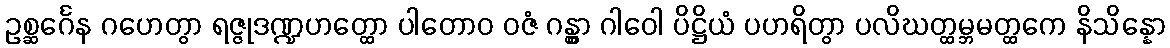
ဥစ္ဆင်္ဂေန ဂဟေတွာ ရဇ္ဇုဒဏ္ဍဟတ္ထော ပါတောဝ ဝဇံ ဂန္တွာ ဂါဝေါ ပိဋ္ဌိယံ ပဟရိတွာ ပလိဃတ္ထမ္ဘမတ္ထကေ နိသိန္နော